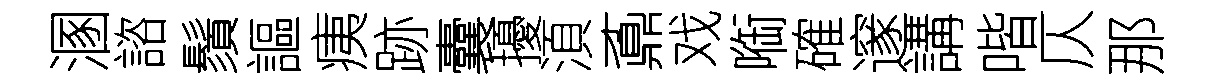
溷諮鬚謳痍跡囊擾湏鼒戏㗸確邃講喈仄那